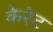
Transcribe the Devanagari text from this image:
केरेट